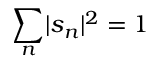
\sum _ { n } \lvert s _ { n } \rvert ^ { 2 } = 1